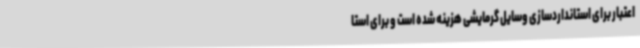
اعتبار برای استانداردسازی وسایل گرمایشی هزینه شده است و برای استا